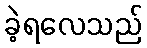
ခဲ့ရလေသည်